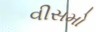
વીસમો